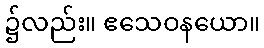
၌လည်း။ ဧသေဝနယော။